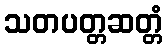
သတပတ္တဆတ္တံ